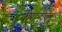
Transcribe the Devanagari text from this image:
षष्ठानीक